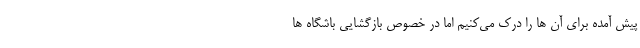
پیش آمده برای آن ها را درک می‌کنیم اما در خصوص بازگشایی باشگاه ها